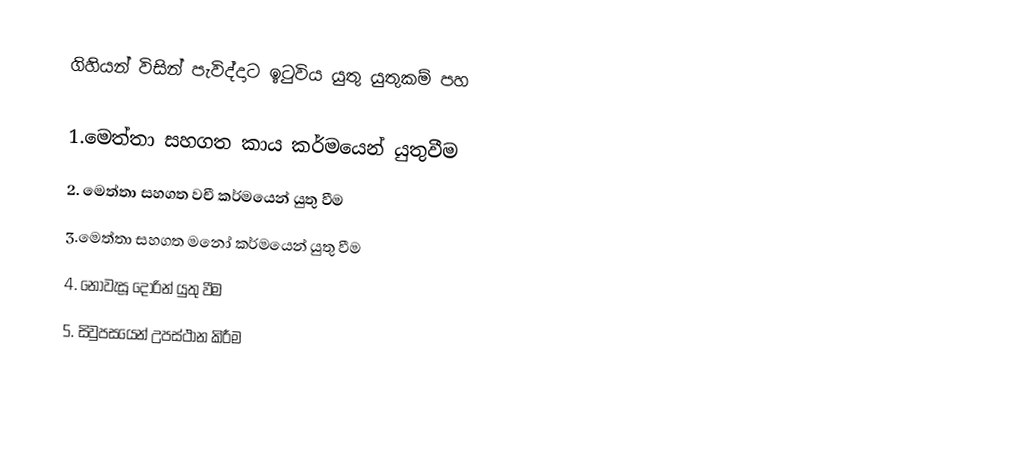
ගිහියන් විසින් පැවිද්දාට ඉටුවිය යුතු යුතුකම් පහ

1.මෙත්තා සහගත කාය කර්මයෙන් යුතුවීම
2. මෙත්තා සහගත වචී කර්මයෙන් යුතු වීම
3.මෙත්තා සහගත මනෝ කර්මයෙන් යුතු වීම
4. නොවැසූ දොරින් යුතු වීම
5. සිවුපසයෙන් උපස්ථාන කිරීම